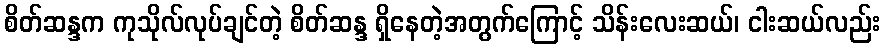
စိတ်ဆန္ဒက ကုသိုလ်လုပ်ချင်တဲ့ စိတ်ဆန္ဒ ရှိနေတဲ့အတွက်ကြောင့် သိန်းလေးဆယ်၊ ငါးဆယ်လည်း